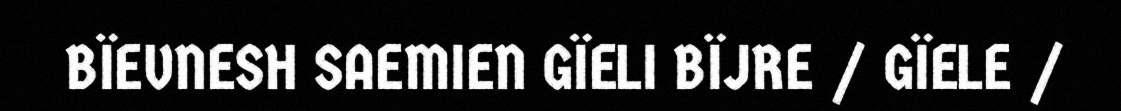
BÏEVNESH SAEMIEN GÏELI BÏJRE / GÏELE /